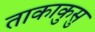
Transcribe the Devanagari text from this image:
ताकाकुसु